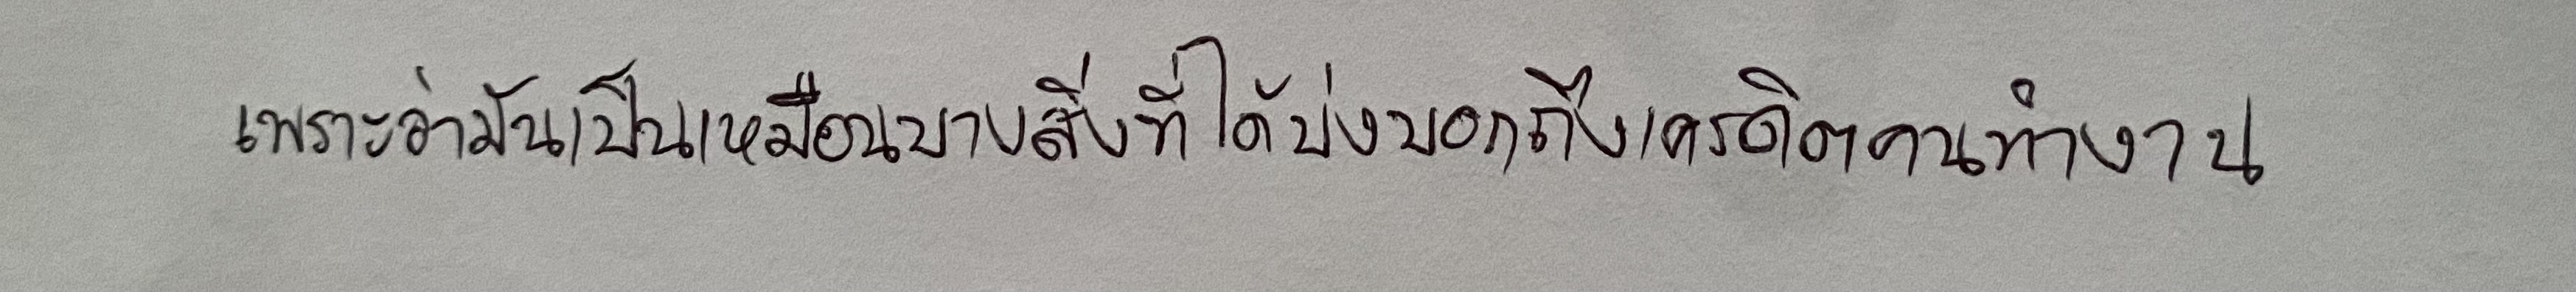
เพราะว่ามันเป็นเหมือนบางสิ่งที่ได้บ่งบอกถึงเครดิตคนทำงาน